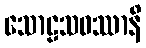
သောဠသဝဿာနိ